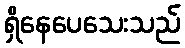
ရှိနေပေသေးသည်